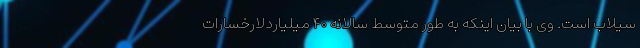
سیلاب است. وی با بیان اینکه به طور متوسط سالانه ۴۰ میلیاردلارخسارات